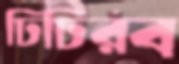
ঢিঢিরব